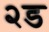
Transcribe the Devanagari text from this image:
२ड